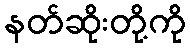
နတ်ဆိုးတို့ကို